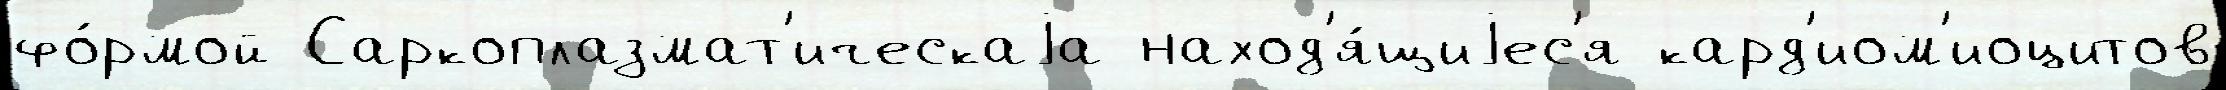
фо́рмой Саркоплазмат'ическаjа наход'я́щиjес'я кард'иом'иоцитов